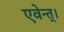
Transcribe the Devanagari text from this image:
एवेन्त्।